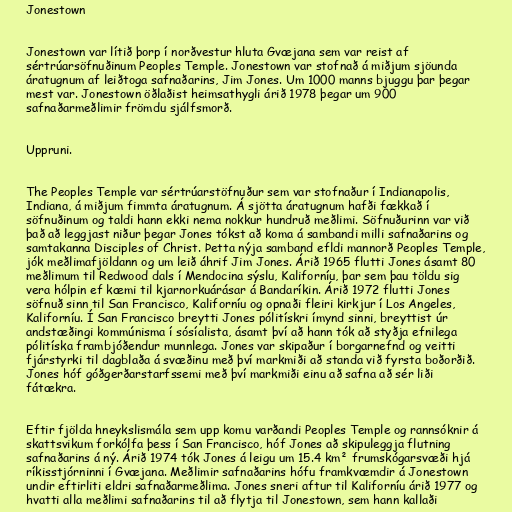
Jonestown

Jonestown var lítið þorp í norðvestur hluta Gvæjana sem var reist af
sértrúarsöfnuðinum Peoples Temple. Jonestown var stofnað á miðjum sjöunda
áratugnum af leiðtoga safnaðarins, Jim Jones. Um 1000 manns bjuggu þar þegar
mest var. Jonestown öðlaðist heimsathygli árið 1978 þegar um 900
safnaðarmeðlimir frömdu sjálfsmorð.

Uppruni.

The Peoples Temple var sértrúarstöfnuður sem var stofnaður í Indianapolis,
Indiana, á miðjum fimmta áratugnum. Á sjötta áratugnum hafði fækkað í
söfnuðinum og taldi hann ekki nema nokkur hundruð meðlimi. Söfnuðurinn var við
það að leggjast niður þegar Jones tókst að koma á sambandi milli safnaðarins og
samtakanna Disciples of Christ. Þetta nýja samband efldi mannorð Peoples Temple,
jók meðlimafjöldann og um leið áhrif Jim Jones. Árið 1965 flutti Jones ásamt 80
meðlimum til Redwood dals í Mendocina sýslu, Kaliforníu, þar sem þau töldu sig
vera hólpin ef kæmi til kjarnorkuárásar á Bandaríkin. Árið 1972 flutti Jones
söfnuð sinn til San Francisco, Kaliforníu og opnaði fleiri kirkjur í Los Angeles,
Kaliforníu. Í San Francisco breytti Jones pólitískri ímynd sinni, breyttist úr
andstæðingi kommúnisma í sósíalista, ásamt því að hann tók að styðja efnilega
pólitíska frambjóðendur munnlega. Jones var skipaður í borgarnefnd og veitti
fjárstyrki til dagblaða á svæðinu með því markmiði að standa við fyrsta boðorðið.
Jones hóf góðgerðarstarfssemi með því markmiði einu að safna að sér liði
fátækra.

Eftir fjölda hneykslismála sem upp komu varðandi Peoples Temple og rannsóknir á
skattsvikum forkólfa þess í San Francisco, hóf Jones að skipuleggja flutning
safnaðarins á ný. Árið 1974 tók Jones á leigu um 15.4 km² frumskógarsvæði hjá
ríkisstjórninni í Gvæjana. Meðlimir safnaðarins hófu framkvæmdir á Jonestown
undir eftirliti eldri safnaðarmeðlima. Jones sneri aftur til Kaliforníu árið 1977 og
hvatti alla meðlimi safnaðarins til að flytja til Jonestown, sem hann kallaði